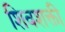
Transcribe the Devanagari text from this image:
शिवशक्ती